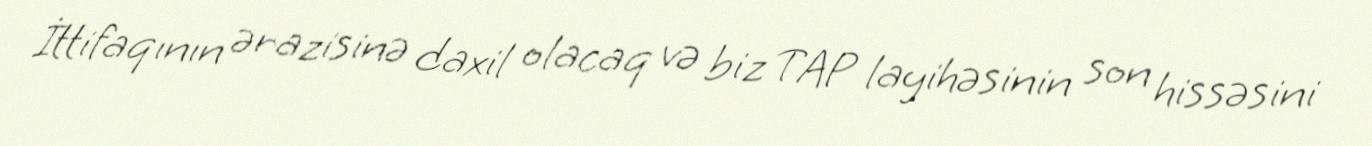
İttifaqının ərazisinə daxil olacaq və biz TAP layihəsinin son hissəsini